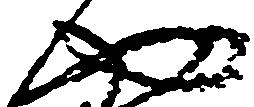
や